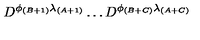
D ^ { \phi _ { ( B + 1 ) } \lambda _ { ( A + 1 ) } } \dots D ^ { \phi _ { ( B + C ) } \lambda _ { ( A + C ) } }